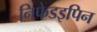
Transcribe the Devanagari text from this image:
निफेडइपिन